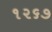
૧૨૬૭